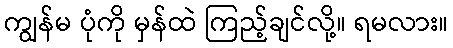
ကျွန်မ ပုံကို မှန်ထဲ ကြည့်ချင်လို့။ ရမလား။